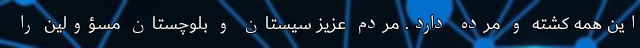
این همه کُشته و مُرده دارد. مردم عزیز سیستان و بلوچستان مسؤولین را